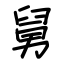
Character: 舅